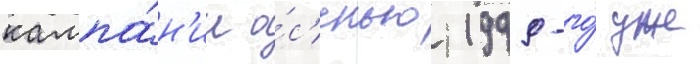
кампа́н'ии о́с'енью 1999-го́ уже